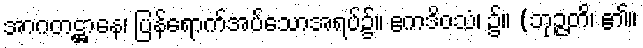
အာဂတဋ္ဌာနေ၊ ပြန်ရောက်အပ်သောအရပ်၌။ ဧကဒိဝသံ၊ ၌။ (ဘုဉ္ဇတိ၊ ၏။